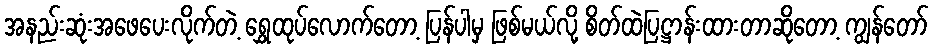
အနည်းဆုံးအဖေပေးလိုက်တဲ့ ရွှေထုပ်လောက်တော့ ပြန်ပါမှ ဖြစ်မယ်လို့ စိတ်ထဲပြဋ္ဌာန်းထားတာဆိုတော့ ကျွန်တော်